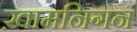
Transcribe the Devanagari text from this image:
ख़ामनिगन